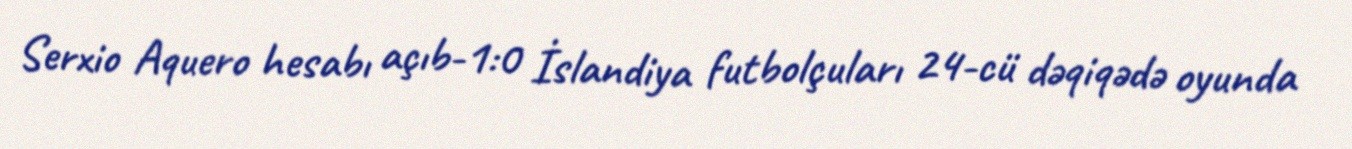
Serxio Aquero hesabı açıb-1:0 İslandiya futbolçuları 24-cü dəqiqədə oyunda